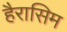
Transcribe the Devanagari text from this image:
हैरासिम